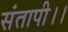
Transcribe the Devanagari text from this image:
संतापी।।